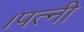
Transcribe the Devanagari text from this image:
।पत्नी